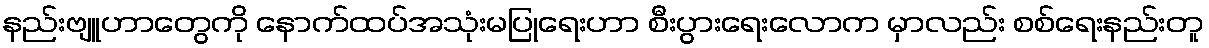
နည်းဗျူဟာတွေကို နောက်ထပ်အသုံးမပြုရေးဟာ စီးပွားရေးလောက မှာလည်း စစ်ရေးနည်းတူ